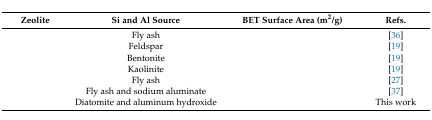
<table><thead><tr><td><b>Zeolite</b></td><td><b>Si and Al Source</b></td><td><b>BET Surface Area (m<sup>2</sup>/g)</b></td><td><b>Refs.</b></td></tr></thead><tbody><tr><td>[EMPTY_CELL]</td><td>Fly ash</td><td>[EMPTY_CELL]</td><td>[36]</td></tr><tr><td>[EMPTY_CELL]</td><td>Feldspar</td><td>[EMPTY_CELL]</td><td>[19]</td></tr><tr><td>[EMPTY_CELL]</td><td>Bentonite</td><td>[EMPTY_CELL]</td><td>[19]</td></tr><tr><td>[EMPTY_CELL]</td><td>Kaolinite</td><td>[EMPTY_CELL]</td><td>[19]</td></tr><tr><td>[EMPTY_CELL]</td><td>Fly ash</td><td>[EMPTY_CELL]</td><td>[27]</td></tr><tr><td>[EMPTY_CELL]</td><td>Fly ash and sodium aluminate</td><td>[EMPTY_CELL]</td><td>[37]</td></tr><tr><td>[EMPTY_CELL]</td><td>Diatomite and aluminum hydroxide</td><td>[EMPTY_CELL]</td><td>This work</td></tr></tbody></table>